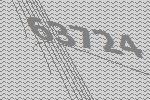
63724